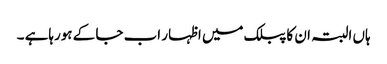
ہاں البتہ ان کا پبلک میں اظہار اب جا کے ہورہاہے ۔